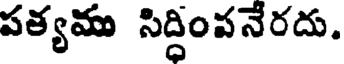
పత్యమ సిద్ధింవనేరదు.